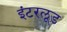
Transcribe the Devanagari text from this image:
इंटरलूड